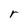
Character: r